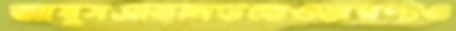
আবুসএভিনিউতেওঅরণ্যও